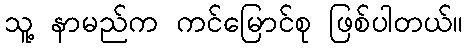
သူ့ နာမည်က ကင်မြောင်စု ဖြစ်ပါတယ်။